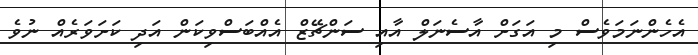
އެހެންނަމަވެސް މި އަގަށް އާސެނަލް އާއި ސަންޗޭޒް އެއްބަސްވިކަން އަދި ކަށަވަރެއް ނުވެ